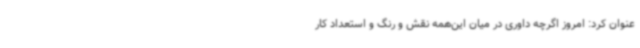
عنوان کرد: امروز اگرچه داوری در میان این‌همه نقش و رنگ و استعداد کار